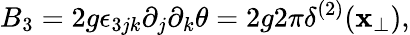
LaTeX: B_{3}=2g\epsilon_{3jk}\partial_{j}\partial_{k}\theta=2g2\pi\delta^{(2)}({\mathbf x}_{\bot}),